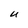
Character: U